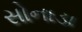
સોનાડા